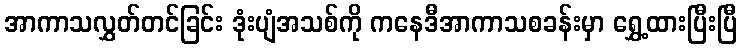
အာကာသလွှတ်တင်ခြင်း ဒုံးပျံအသစ်ကို ကနေဒီအာကာသစခန်းမှာ ရွှေ့ထားပြီးပြီ